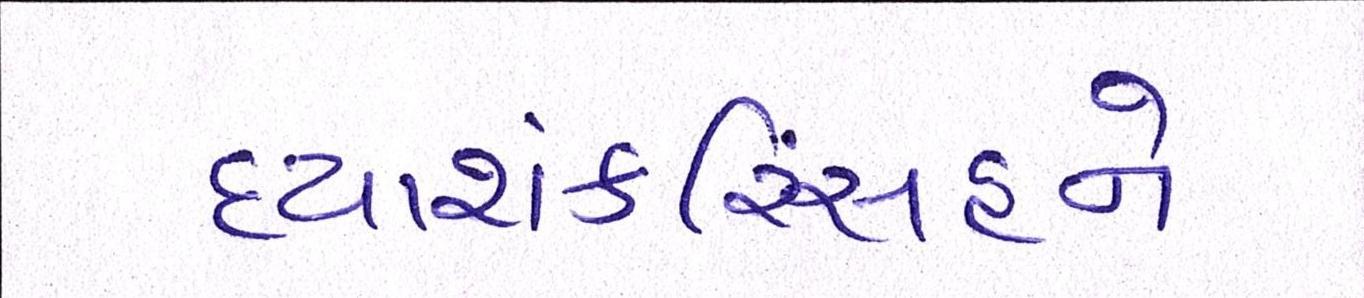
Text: દયાશંકરિંસહને